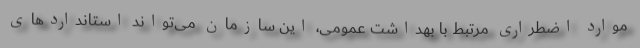
موارد اضطراریِ مرتبط با بهداشت عمومی، این سازمان می‌تواند استانداردهای